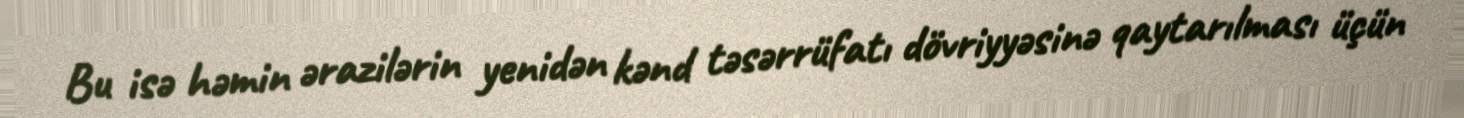
Bu isə həmin ərazilərin yenidən kənd təsərrüfatı dövriyyəsinə qaytarılması üçün